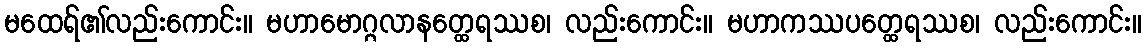
မထေရ်၏လည်းကောင်း။ မဟာမောဂ္ဂလာနတ္ထေရဿစ၊ လည်းကောင်း။ မဟာကဿပတ္ထေရဿစ၊ လည်းကောင်း။